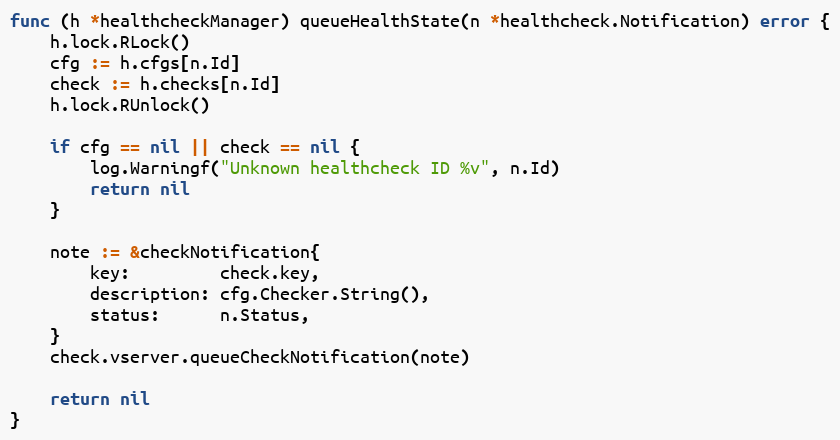
Language: Go
func (h *healthcheckManager) queueHealthState(n *healthcheck.Notification) error {
	h.lock.RLock()
	cfg := h.cfgs[n.Id]
	check := h.checks[n.Id]
	h.lock.RUnlock()

	if cfg == nil || check == nil {
		log.Warningf("Unknown healthcheck ID %v", n.Id)
		return nil
	}

	note := &checkNotification{
		key:         check.key,
		description: cfg.Checker.String(),
		status:      n.Status,
	}
	check.vserver.queueCheckNotification(note)

	return nil
}